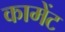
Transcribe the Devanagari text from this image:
कामेंट